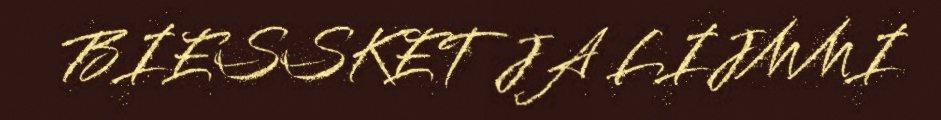
BIESSKET JA LIJMMI